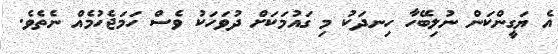
އެ ޔަގީންކަން ނުލިބޭހާ ހިނދަކު މި ގައުމަކަށް ދުވަހަކު ވެސް ހަމަޖެހުމެއް ނެތެވެ.